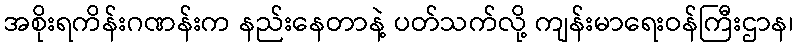
အစိုးရကိန်းဂဏန်းက နည်းနေတာနဲ့ ပတ်သက်လို့ ကျန်းမာရေးဝန်ကြီးဌာန၊